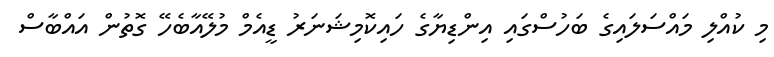
މި ކުއްލި މައްސަލައިގެ ބަހުސްގައި އިންޑިޔާގެ ހައިކޮމިޝަނަރު ޑީއެމް މުލޭއާބެހޭ ގޮތުން އައްބާސް